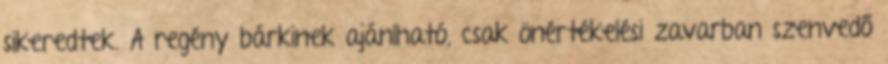
sikeredtek. A regény bárkinek ajánlható, csak önértékelési zavarban szenvedő